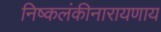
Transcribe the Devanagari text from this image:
निष्कलंकीनारायणाय